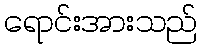
ရောင်းအားသည်